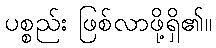
ပစ္စည်း ဖြစ်လာဖို့ရှိ၏။